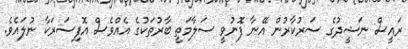
ރައީސް ނަޝީދުގެ ސަރުކާރުން އޭނާ ފޮނުވީ ސަލާމަތީ ބާރުތަކުގެ އެއްވެސް އޮފިސަރަކާ ނުލައެވެ.